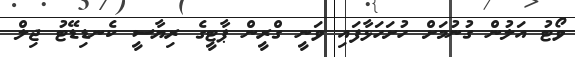
ވޯޓު އަލުން ގުނުމަށް ހުށަހަޅާފައި ވަނީ ގްރީން ޕާޓީގެ ރިޔާސީ ކެނޑިޑޭޓު ޖިލް